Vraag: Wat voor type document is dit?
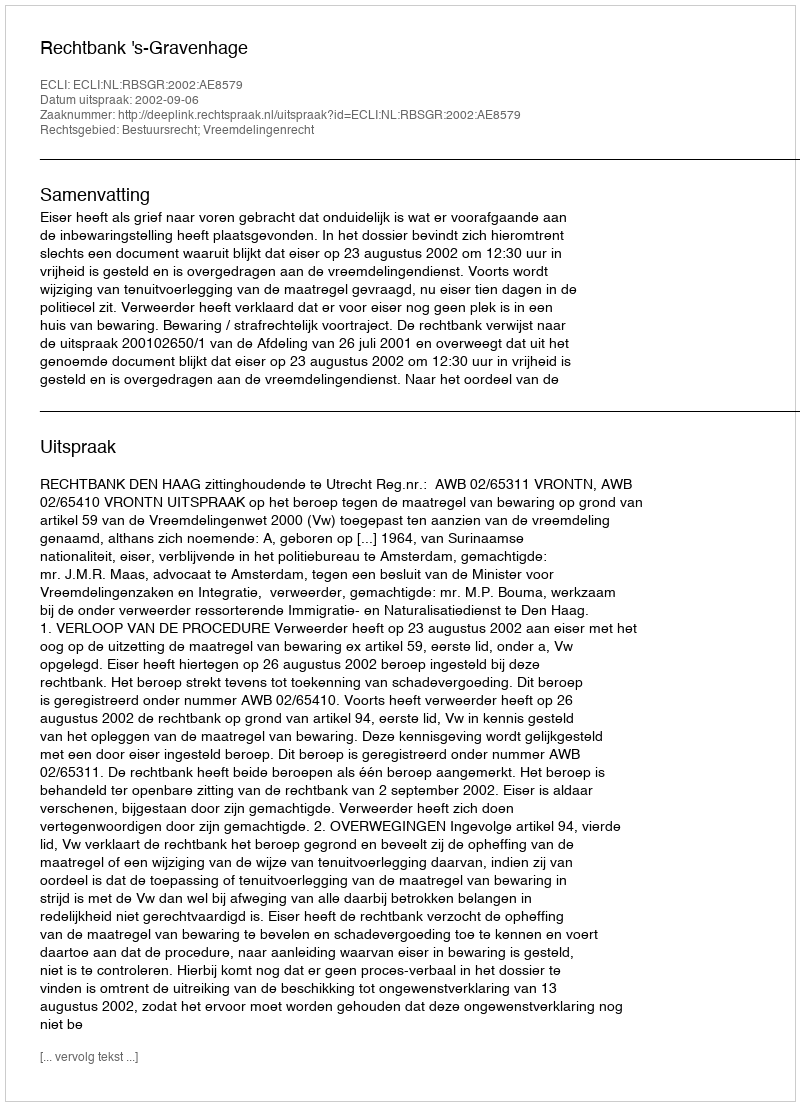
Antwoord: Uitspraak